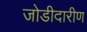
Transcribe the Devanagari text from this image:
जोडीदारीण